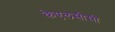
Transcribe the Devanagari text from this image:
केएलसीसी